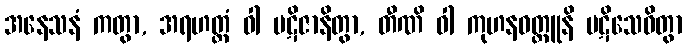
အနေသနံ ကတွာ, အရဟတ္တံ ဝါ ပဋိဇာနိတွာ, တီဏိ ဝါ ကုဟနဝတ္ထူနိ ပဋိသေဝိတွာ